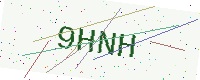
Text: 9HNH